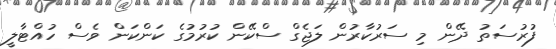
ފުރުސަތު ދޭން މި ސަރުކާރުން ލަޖެގް ސްކޭން ކުރުމުގެ ކަންކަން ވެސް ހުއްޓާލީ